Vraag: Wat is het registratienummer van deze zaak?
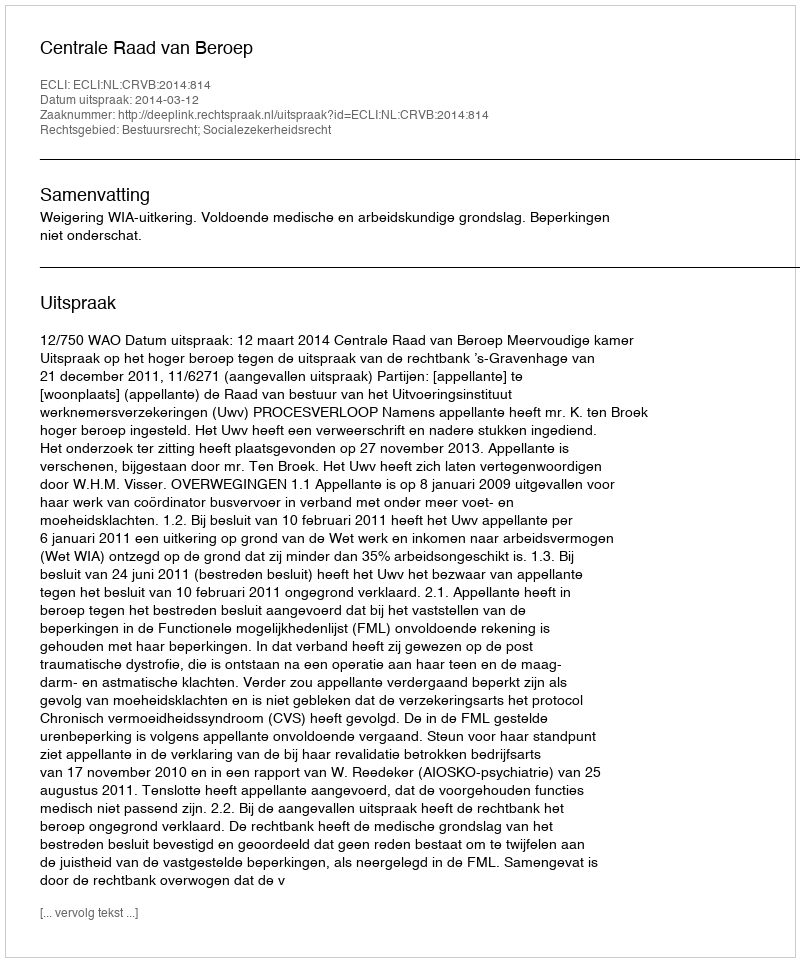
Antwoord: http://deeplink.rechtspraak.nl/uitspraak?id=ECLI:NL:CRVB:2014:814